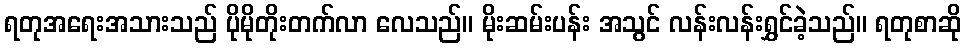
ရတုအရေးအသားသည် ပိုမိုတိုးတက်လာ လေသည်။ မိုးဆမ်းပန်း အသွင် လန်းလန်းရွှင်ခဲ့သည်။ ရတုစာဆို